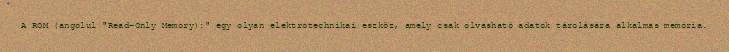
A ROM (angolul "Read-Only Memory):" egy olyan elektrotechnikai eszköz, amely csak olvasható adatok tárolására alkalmas memória.